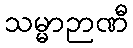
သမ္မာဉာဏီ